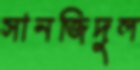
সানজিদুল